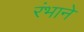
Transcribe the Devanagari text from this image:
रंभाने